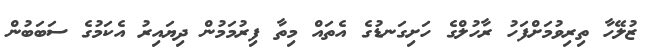
ޒުލޭހާ ތިރިވުމަށްފަހު ރާހުލްގެ ހަށިގަނޑުގެ އެތައް މިތާ ފިރުމަމުން ދިޔައިރު އެކަމުގެ ސަބަބުން